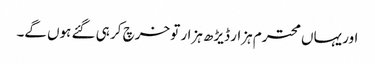
اور یہاں محترم ہزار ڈیڑھ ہزار تو خرچ کر ہی گئے ہوں گے۔